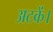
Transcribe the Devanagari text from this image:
अटकें।